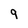
Character: 9